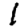
Digit: 1